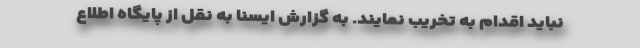
نباید اقدام به تخریب نمایند. به گزارش ایسنا به نقل از پایگاه اطلاع